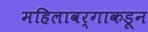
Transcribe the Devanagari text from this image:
महिलावर्गाकडून